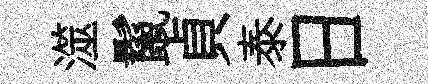
澨鬣貞泰日